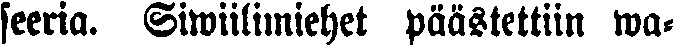
seeria. Siwiilimiehet päästettiin wa-